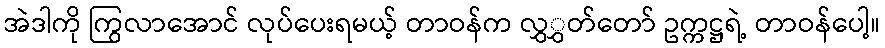
အဲဒါကို ကြွလာအောင် လုပ်ပေးရမယ့် တာဝန်က လွှွှတ်တော် ဥက္ကဋ္ဌရဲ့ တာဝန်ပေါ့။